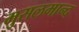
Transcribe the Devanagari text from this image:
मुसलमान्द